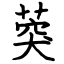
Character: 葖